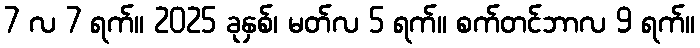
7 လ 7 ရက်။ 2025 ခုနှစ်၊ မတ်လ 5 ရက်။ စက်တင်ဘာလ 9 ရက်။